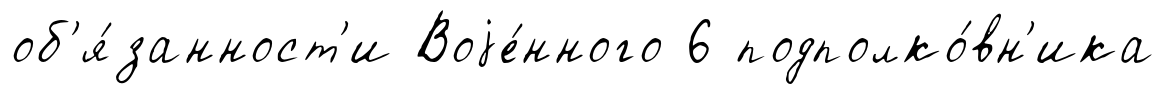
об'я́занност'и Воjе́нного 6 подполко́вн'ика